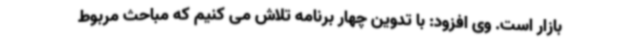
بازار است. وی افزود: با تدوین چهار برنامه تلاش می کنیم که مباحث مربوط